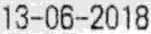
13-06-2018